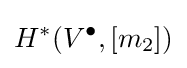
H^{*}(V^{\bullet },[m_{2}])